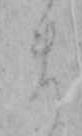
ま